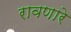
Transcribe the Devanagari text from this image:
रावणारे